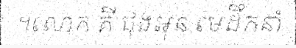
។លោក គី ជុងអុន មេដឹកនាំ